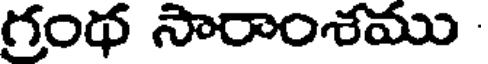
గ్రంథ సారాంశము